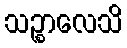
သဉ္စာလေသိ